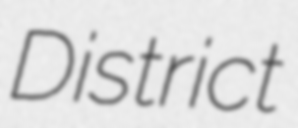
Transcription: District